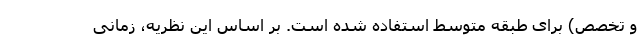
و تخصص) برای طبقه متوسط استفاده شده است. بر اساس این نظریه، زمانی